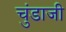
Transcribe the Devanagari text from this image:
चुंडाजी